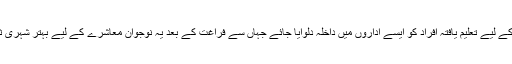
ہنر سکھانے کے لیے تعلیم یافتہ افراد کو ایسے اداروں میں داخلہ دلوایا جائے جہاں سے فراغت کے بعد یہ نوجوان معاشرے کے لیے بہتر شہری ثابت ہو سکیں۔